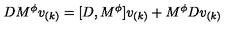
D M ^ { \phi } v _ { ( k ) } = [ D , M ^ { \phi } ] v _ { ( k ) } + M ^ { \phi } D v _ { ( k ) }